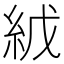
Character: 𬗇